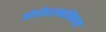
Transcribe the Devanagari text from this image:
जोडीदराबरोबरच्या